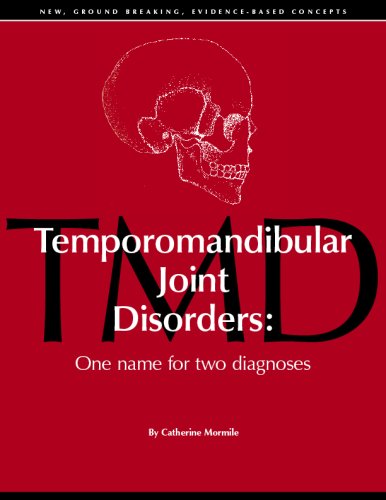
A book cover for Temporomandibular Joint Disorders: One name for two diagnoses; Catherine Mormile; Medical Books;